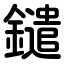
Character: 鑓